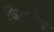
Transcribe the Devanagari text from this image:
फ़िंगरोथ